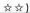
☆☆)